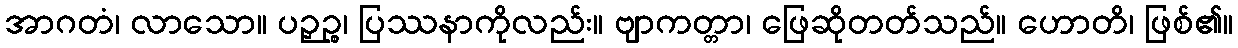
အာဂတံ၊ လာသော။ ပဉှဉ္စ၊ ပြဿနာကိုလည်း။ ဗျာကတ္တာ၊ ဖြေဆိုတတ်သည်။ ဟောတိ၊ ဖြစ်၏။